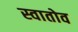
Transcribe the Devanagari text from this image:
स्वातोव